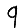
Digit: 9